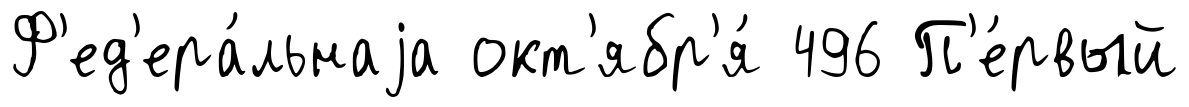
Ф'ед'ера́льнаjа окт'ябр'я́ 496 П'е́рвый